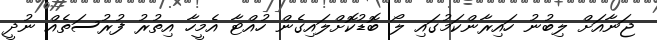
ޖަނާއަށް ލިބުނު ހައިރާންކަމުގައި ލޯ ބޮޑުކޮށްލައިގެން ހުއްޓާ އެމީހާ އިތުރު ފުރުސަތެއް ނުދީ